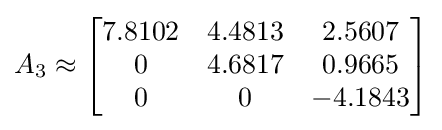
A_{3}\approx {\begin{bmatrix}7.8102&4.4813&2.5607\\0&4.6817&0.9665\\0&0&-4.1843\\\end{bmatrix}}